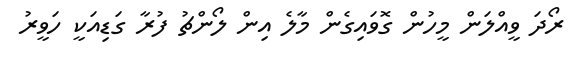
ރޯދަ ވީއްލަން މީހުން ގޮވައިގެން މާލެ އިން ލޯންޗު ފުރާ ގަޑިއަކީ ހަވީރު